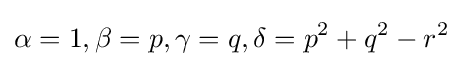
\alpha =1,\beta =p,\gamma =q,\delta =p^{2}+q^{2}-r^{2}